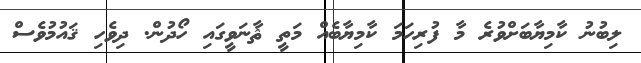
ލިބުނު ކާމިޔާބަށްވުރެ މާ ފުރިހަމަ ކާމިޔާބެއް މަތީ ޘާނަވީގައި ހޯދުން. ދިވެހި ޤައުމުވެސް